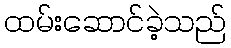
ထမ်းဆောင်ခဲ့သည်